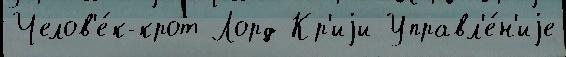
Челов'е́к-крот Лорд Кр'иjи Управл'е́н'иjе